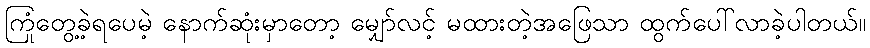
ကြုံတွေ့ခဲ့ရပေမဲ့ နောက်ဆုံးမှာတော့ မျှော်လင့် မထားတဲ့အဖြေသာ ထွက်ပေါ်လာခဲ့ပါတယ်။